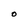
Character: O